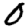
Digit: 0